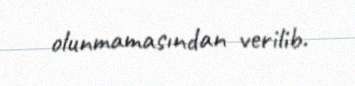
olunmamasından verilib.